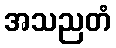
အသညတံ